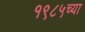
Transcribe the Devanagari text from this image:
१९८५च्या